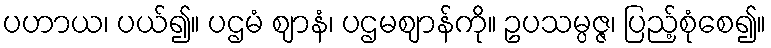
ပဟာယ၊ ပယ်၍။ ပဌမံ ဈာနံ၊ ပဌမဈာန်ကို။ ဥပသမ္ပဇ္ဇ၊ ပြည့်စုံစေ၍။